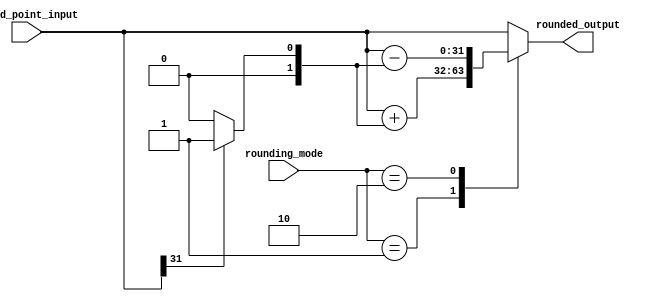
module fixed_point_rounding_unit (
    input signed [31:0] fixed_point_input,
    input [1:0] rounding_mode,
    output reg signed [31:0] rounded_output
);

always @(*) begin
    case (rounding_mode)
        2'b00: rounded_output = fixed_point_input; // Round to nearest
        2'b01: rounded_output = fixed_point_input + (fixed_point_input[31] ? 1 : 0); // Round up
        2'b10: rounded_output = fixed_point_input - (fixed_point_input[31] ? 1 : 0); // Round down
        default: rounded_output = fixed_point_input; // Default to round to nearest
    endcase
end

endmodule